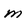
Character: m